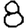
Digit: 8